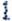
1